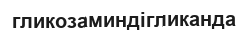
гликозаминдігликанда